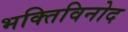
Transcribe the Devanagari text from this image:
भक्तिविनोद